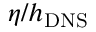
\eta / { { h } _ { \mathrm { { D N S } } } }